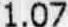
1.07